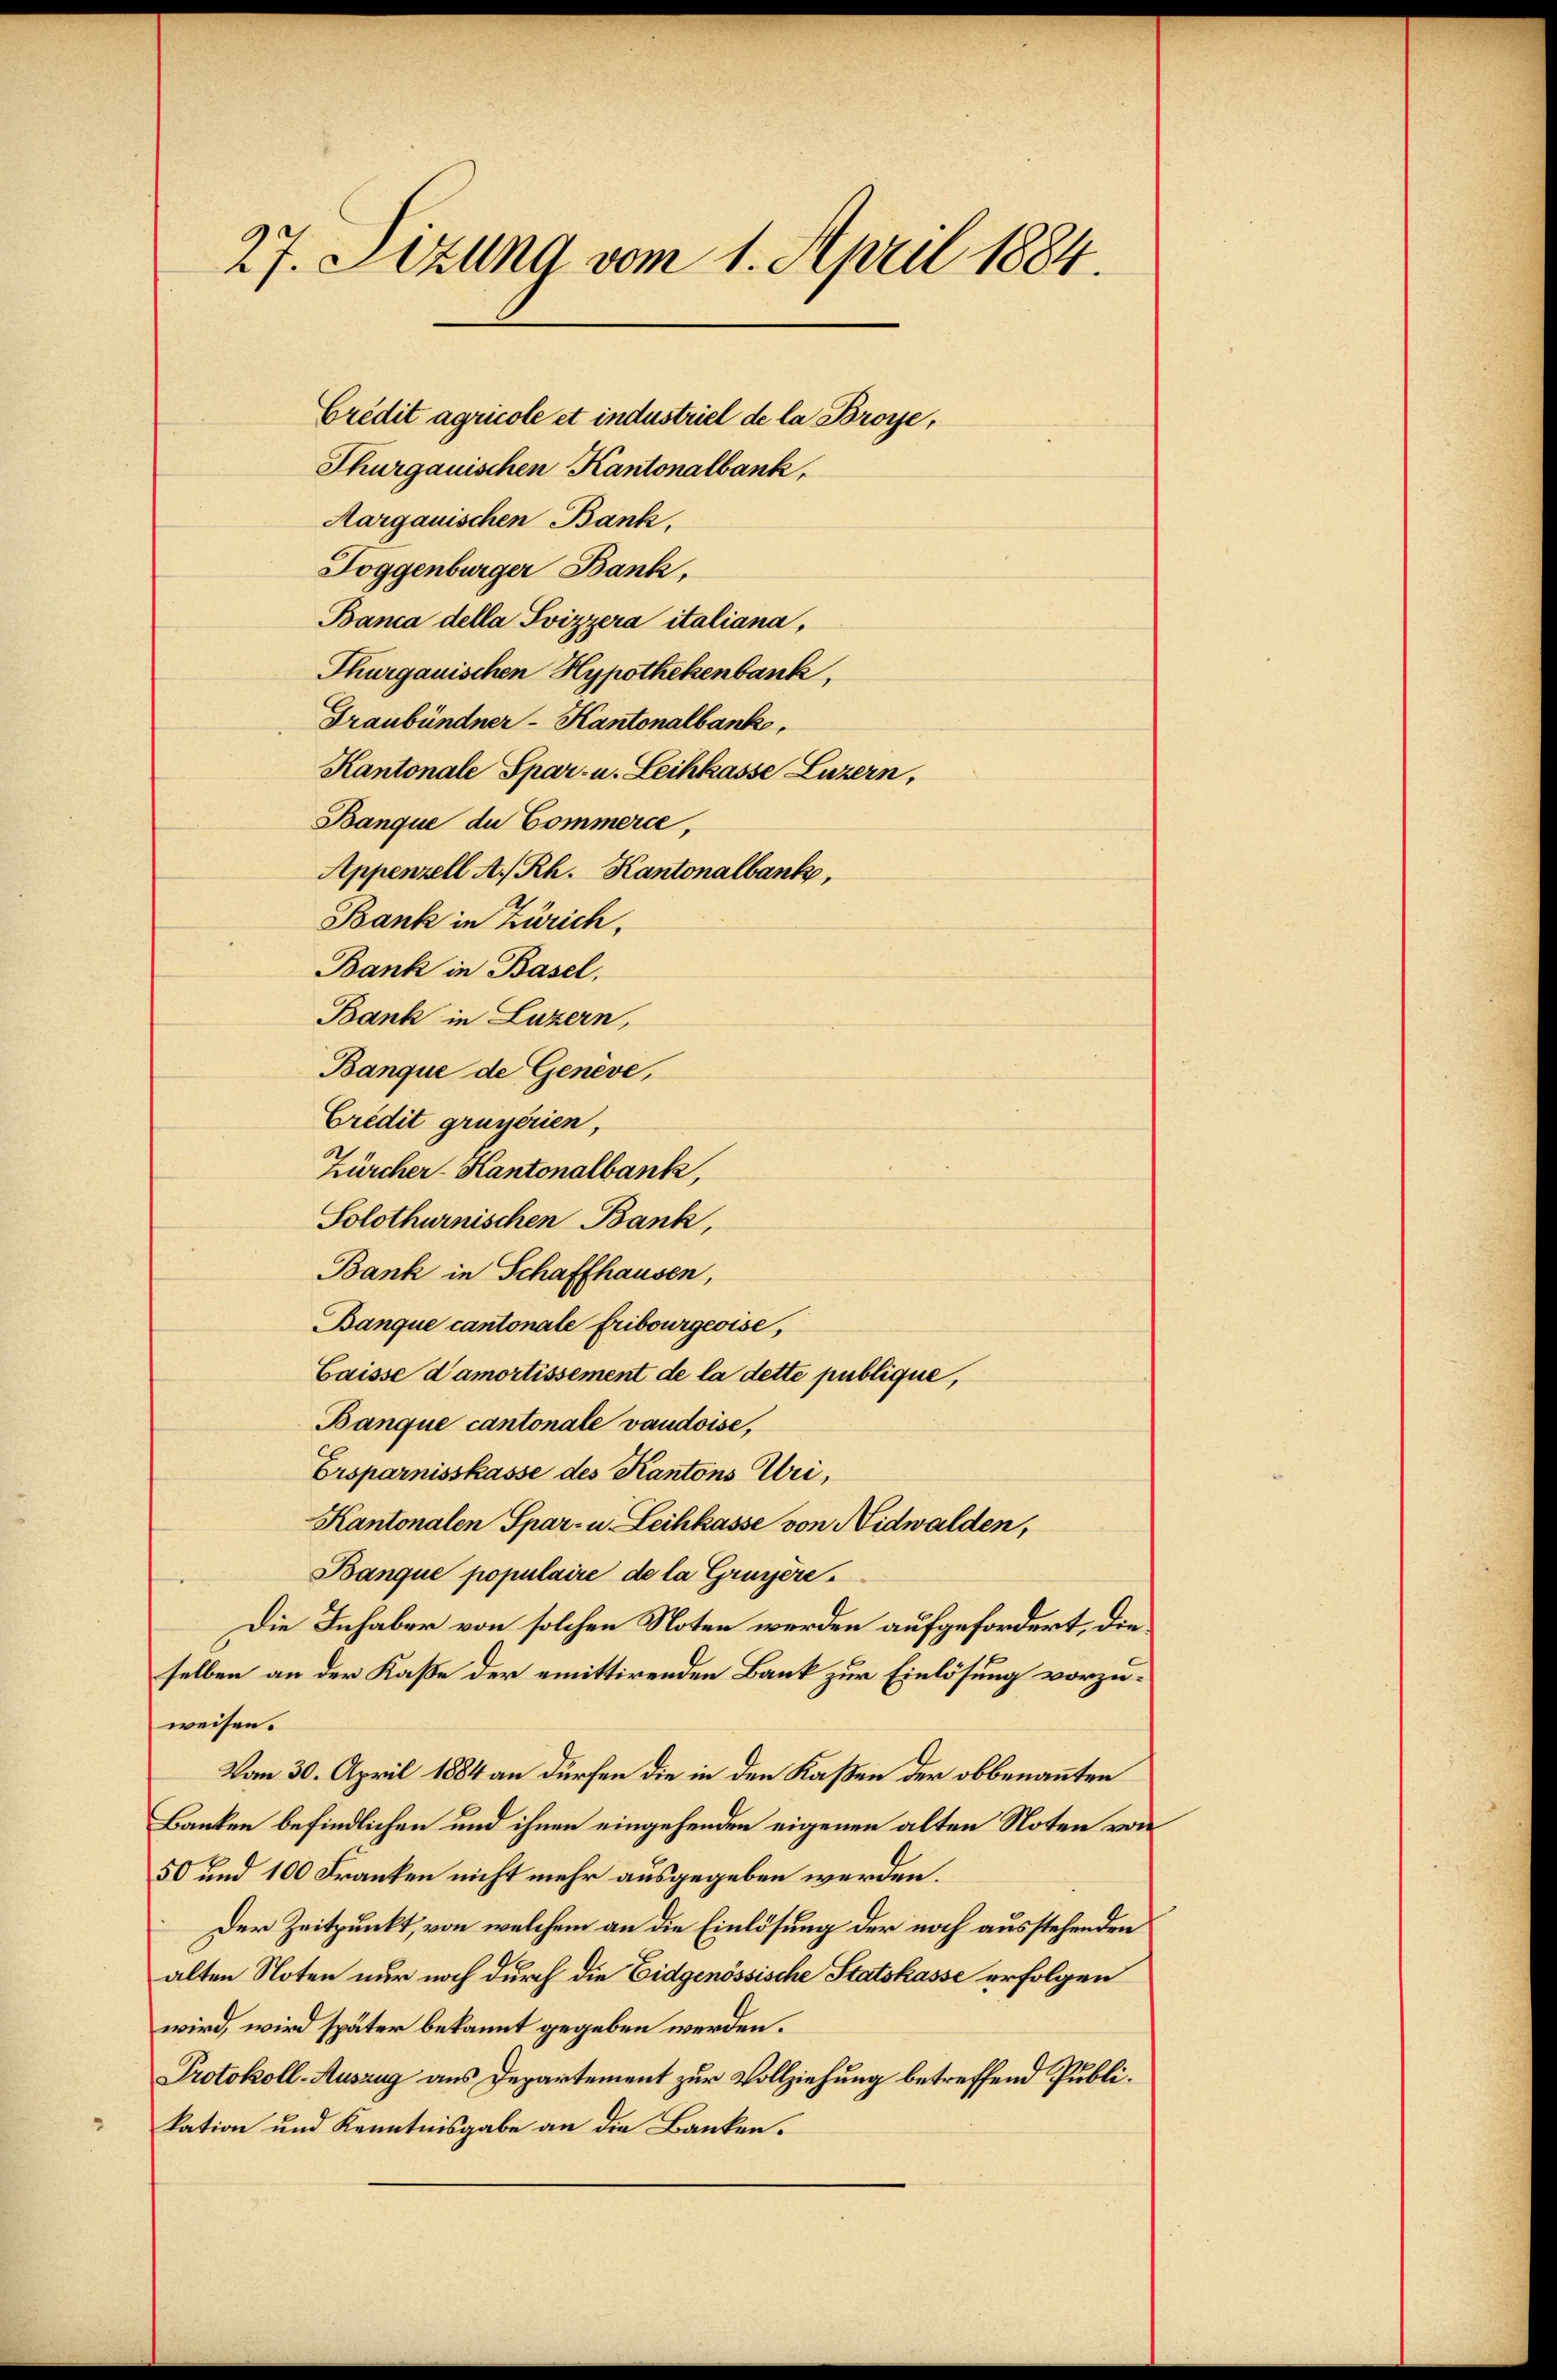
27. Sitzung vom 1. April 1884.

Crédit agricole et industriel de la Broye,
Thurgauischen Kantonalbank,
Margauischen Bank,
Toggenburger Bank,
Banca della Svizzera italiana,
Thurgauischen Hypothekenbank,
Graubündner - Kantonalbank,
Kantonale Spar- u. Leihkasse Luzern,
Banque du Commerce,
Appenzell A/Rh. Kantonalbank,
Bank in Zürich,
Bank in Basel,
Bank in Luzern,
Banque de Genève,
Credit grügerien,
Zürcher-Kantonalbank,
Solothurnischen Bank,
Bank in Schaffhausen,
Banque cantonale Fribourgeoise,
Caisse d’amortissement de la dette publique,
Banque cantonale vaudoise,
Ersparnisskasse des Kantons Uri,
Kantonalen Spar- u. Leihkasse von Nidwalden,
Banque populaire de la Gruyère,
Die Inhaber von solchen Noten werden aufgefordert, dieselben an der Kasse der emittirenden Bank zur Einlösung vorzuweisen.
Vom 30. April 1884 an dürfen die in den Kaßen der obbenannten
Banken befindlichen und ihnen eingehenden eigenen alten Noten von
50 und 100 Franken nicht mehr ausgegeben werden.
Der Zeitpunkt, von welchem an die Einlösung der noch ausstehenden
alten Noten nur noch durch die Eidgenössische Statskasse erfolgen
wird, wird später bekannt gegeben werden.
Protokoll-Auszug aus Departement zur Vollziehung betreffend Publikation und Kenntnisgabe an die Banken.